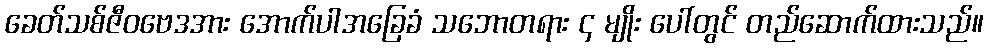
ခေတ်သစ်ဇီဝဗေဒအား အောက်ပါအခြေခံ သဘောတရား ၄ မျိုး ပေါ်တွင် တည်ဆောက်ထားသည်။